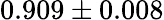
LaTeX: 0.909\pm 0.008